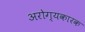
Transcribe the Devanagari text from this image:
अरोग्यकारक